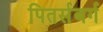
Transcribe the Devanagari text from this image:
पितर्सबर्ग